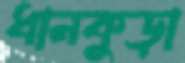
ধানকুড়া